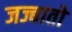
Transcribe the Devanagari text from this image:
जज्बातो